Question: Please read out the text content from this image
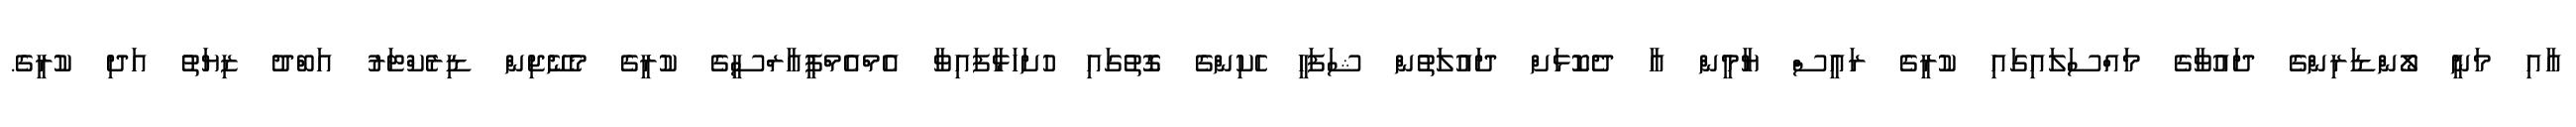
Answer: އާއި މަނީ ލޯންޑަރިންގެ ދައުވާގެ މައްސަލައިގައި ކުރީގެ ރައީސް ޔާމީން އާ ދެކޮޅަށް ދައުލަތުން ޝަފަހީ ހެކިންގެ ގޮތުގައި ހުށަހަޅާފައިވާ އެމްއެމްޕީއާރްސީގެ ކުރީގެ މެނޭޖިން ޑިރެކްޓަރު އަބްދު ޒިޔަތު އަދި ކުރީގެ.